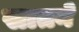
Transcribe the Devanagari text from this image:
सातने